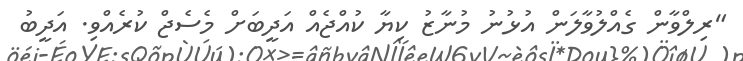
"ރިލްވާން ގެއްލުވާލަން އުޅުނު މުނާޒު ކިޔާ ކުއްޖެއް އަދީބަށް މެސެޖް ކުރެއްވި. އަދީބު